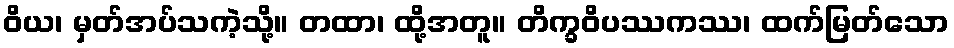
ဝိယ၊ မှတ်အပ်သကဲ့သို့။ တထာ၊ ထို့အတူ။ တိက္ခဝိပဿကဿ၊ ထက်မြတ်သော